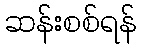
ဆန်းစစ်ရန်